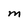
Character: M